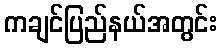
ကချင်ပြည်နယ်အတွင်း